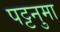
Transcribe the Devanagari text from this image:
पट्टनुमा